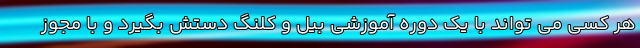
هر کسی می تواند با یک دوره آموزشی بیل و کلنگ دستش بگیرد و با مجوز